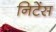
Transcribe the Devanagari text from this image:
निटेंस